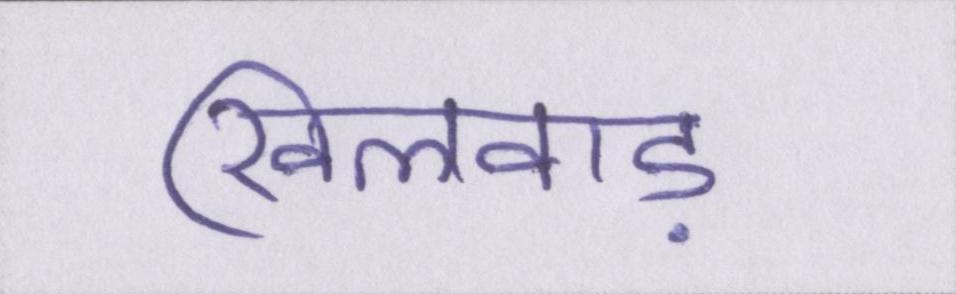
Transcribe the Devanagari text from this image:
खिलवाड़